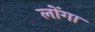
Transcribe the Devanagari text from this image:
लोंगा